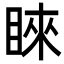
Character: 睞